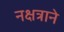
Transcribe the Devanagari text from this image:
नक्षत्राने